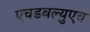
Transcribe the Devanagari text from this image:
एचडबल्युएच